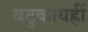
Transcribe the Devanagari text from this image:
बटुकायह्रीं